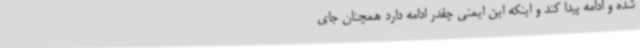
شده و ادامه پیدا کند و اینکه این ایمنی چقدر ادامه دارد همچنان جای